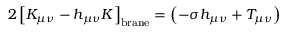
2 \left[ K _ { \mu \nu } - h _ { \mu \nu } K \right] _ { \mathrm { { b r a n e } } } = \left( - \sigma h _ { \mu \nu } + T _ { \mu \nu } \right)